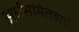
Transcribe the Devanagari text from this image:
अर्धसामंतवादी